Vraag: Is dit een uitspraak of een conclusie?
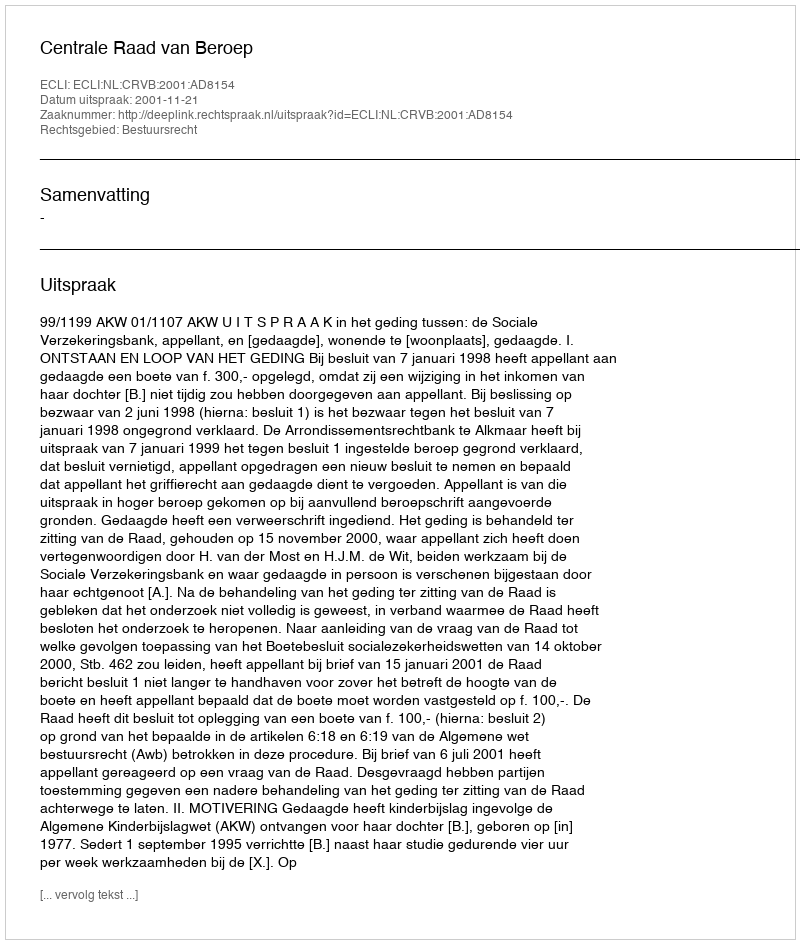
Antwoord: Uitspraak